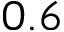
0 . 6